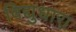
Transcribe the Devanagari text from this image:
विद्युधारा